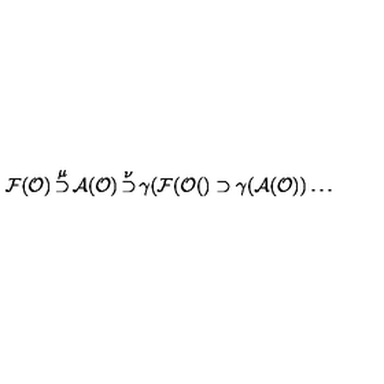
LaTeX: { \cal F } ( { \cal O } ) \mathop { \supset } ^ { \mu } { \cal A } ( { \cal O } ) \mathop { \supset } ^ { \nu } \gamma ( { \cal F } ( { \cal O } ( ) \supset \gamma ( { \cal A } ( { \cal O } ) ) \dots